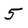
Character: 5